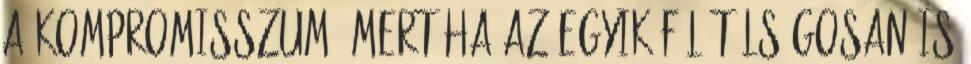
a kompromisszum, mert ha az egyik fél túlságosan is